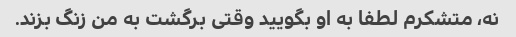
نه، متشکرم لطفا به او بگویید وقتی برگشت به من زنگ بزند.